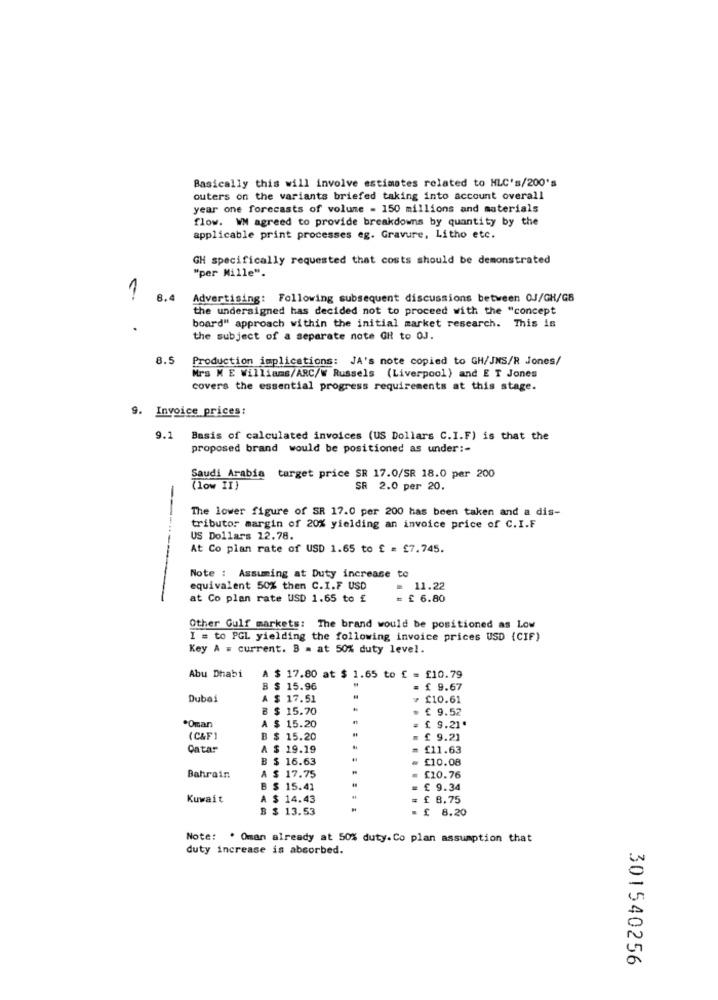
Basically this will involve estimates related to HLC's/200's
outers on the variants briefed taking into account overall
year one forecasts of volume - 150 millions and materials
flow. WM agreed to provide breakdowns by quantity by the
applicable print processes eg. Gravure, Litho etc.
GH specifically requested that costs should be demonstrated
"per Mille".
1
6.4
Advertising: Following subsequent discussions between OJ/GH/GB
the undersigned has decided not to proceed with the "concept
board" approach within the initial market research. This is
the subject of a separate note GR to OJ.
8.5
Production implications: JA's note copied to GH/JNS/R Jones/
Mrs M E Williams/ARC/W Russels (Liverpool) and E T Jones
covers the essential progress requirements at this stage.
9. Invoice prices:
9.1
Basis of calculated invoices (US Dollars C.I.F) is that the
proposed brand would be positioned as under :-
Saudi Arabia target price SR 17.0/SR 18.0 per 200
(low II)
SA 2.0 per 20.
The lower figure of SR 17.0 per 200 has been taken and a dis-
----
tributor margin of 20% yielding an invoice price of C.I.F
US Dollars 12.78.
At Co plan rate of USD 1.65 to £ = £7.745.
Note : Assuming at Duty increase to
equivalent 50% then C.I.F USD
= 11.22
at Co plan rate USD 1.65 to £
= £ 6.80
Other Gulf markets: The brand would be positioned as Low
I = to PGL yielding the following invoice prices USD (CIF)
Key A = current. B = at 50% duty level.
Abu Dhabi
$ 17.80 at $ 1.65 to f = £10.79
$ 15.96
£ 9.67
Dubai
A $ 17.51
> £10.61
B $ 15.70
. € 9.52
*Oman
A $ 15.20
£ 9.21.
(CAF)
B $ 15.20
= £ 9.21
Catar
A $ 19.19
= £11.63
B $ 16.63
= £10.08
Bahrain
A $ 17.75
= £10.76
B $ 15.41
= £ 9.34
Kuwait
A
14.43
= £ 8.75
B $ 13.53
= £ 8.20
Note: . Oman already at 50% duty. Co plan assumption that
duty increase is absorbed.
301540256